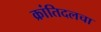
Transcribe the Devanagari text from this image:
क्रांतिदलचा